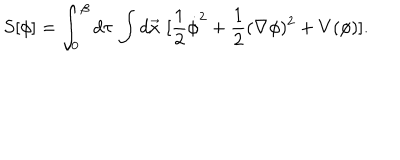
LaTeX: S [ \phi ] = \int _ { 0 } ^ { \beta } d \tau \, \int d \vec { x } \, \, [ \frac { 1 } { 2 } \dot { \phi } ^ { 2 } + \frac { 1 } { 2 } ( \nabla \phi ) ^ { 2 } + V ( \phi ) ] .